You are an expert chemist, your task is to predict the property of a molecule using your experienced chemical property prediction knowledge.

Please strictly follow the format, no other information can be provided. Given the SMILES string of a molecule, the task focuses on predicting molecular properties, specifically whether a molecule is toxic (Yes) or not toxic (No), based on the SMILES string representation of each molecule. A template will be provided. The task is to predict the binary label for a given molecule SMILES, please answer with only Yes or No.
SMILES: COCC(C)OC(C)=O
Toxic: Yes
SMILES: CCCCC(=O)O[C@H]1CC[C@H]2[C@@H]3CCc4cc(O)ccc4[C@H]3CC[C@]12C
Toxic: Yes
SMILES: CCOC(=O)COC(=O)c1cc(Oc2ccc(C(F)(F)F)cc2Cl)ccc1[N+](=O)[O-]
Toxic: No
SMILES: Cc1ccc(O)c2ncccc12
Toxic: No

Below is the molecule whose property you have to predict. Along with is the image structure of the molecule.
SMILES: CC1(c2ccccc2)OC(C(=O)O)=CC1=O
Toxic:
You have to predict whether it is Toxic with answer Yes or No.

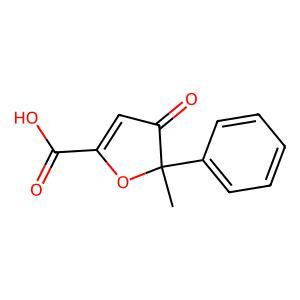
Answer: No